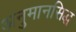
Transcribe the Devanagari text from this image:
अनुमानसिद्ध